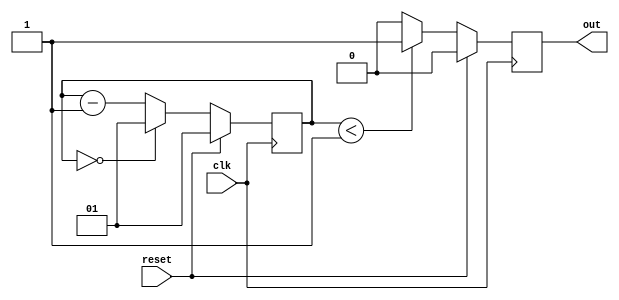
`timescale 1ns/100ps

module divide_by_n(input clk,
	           input reset,
	           output reg out);
    parameter N = 2;
    localparam cwidth = $clog2(N - 1);
    reg [cwidth - 1:0] counter;

    always @(posedge clk) begin
	if (reset) begin
	    counter <= N - 1;
            out <= 1'b0;
	end else begin
	    if (counter == 0) begin
	        counter <= N - 1;
	    end else begin
	        counter <= counter - 1;
            end

            out <= (counter < (N >> 1)) ? 1'b1 : 1'b0;
        end
    end
endmodule

module resetter(input      clock,
                output     reset);
    parameter count_maxval = 255;
    localparam count_width = $clog2(count_maxval);

    reg [count_width - 1:0] reset_count;
    assign reset = (reset_count == count_maxval) ? 1'b0 : 1'b1;
    initial reset_count = 'h0;

    always @(posedge clock) begin
        reset_count <= (reset_count == count_maxval) ? count_maxval : reset_count + 'h01;
    end
endmodule

/**
 * Waits for "pulse_delay" clock cycles, then holds "pulse" high for "pulse_width" cycles.
 */
module pulse_one(input clock,
                 input reset,
                 output pulse);
    parameter pulse_delay = 511;
    parameter pulse_width = 15;
    localparam pulse_maxval = pulse_delay + pulse_width + 1;
    localparam pulse_bitwidth = $clog2(pulse_maxval);

    reg [pulse_bitwidth - 1 : 0] count;
    initial count = {{pulse_bitwidth{1'b0}}};

    assign pulse = ((count > pulse_delay) && (count < pulse_maxval));

    always @(posedge clock) begin
        if (!reset) begin
            count <= (count == pulse_maxval) ? pulse_maxval : count + 'h01;
        end else begin
            count <= {{pulse_bitwidth{1'b0}}};
        end
    end
endmodule

/**
 * input: 4'd12, output: 8'd99 (ascii for 'c')
 */
module hexdigit(input [3:0] num, output reg [7:0] ascii);
    always @* begin
        if (num < 4'd10) begin
            ascii = {4'h0, num} + 8'h30;
        end else begin
            ascii = {4'h0, num} + 8'h57;
        end
    end
endmodule